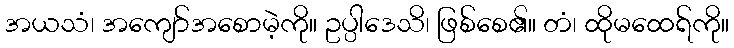
အယသံ၊ အကျော်အစောမဲ့ကို။ ဥပ္ပါဒေသိ၊ ဖြစ်စေ၏။ တံ၊ ထိုမထေရ်ကို။